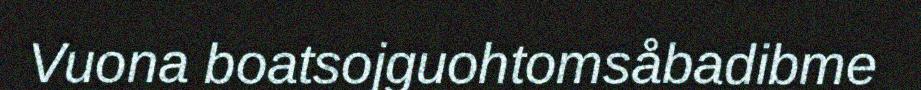
Vuona boatsojguohtomsåbadibme